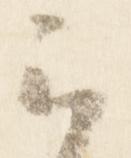
云